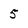
Character: 5